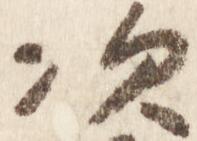
次